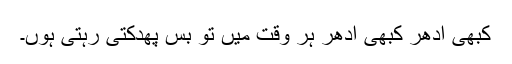
کبھی اِدھر کبھی اُدھر ہر وقت میں تو بس پھدکتی رہتی ہوں۔